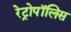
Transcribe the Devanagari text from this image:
रेट्रोपॉलिस